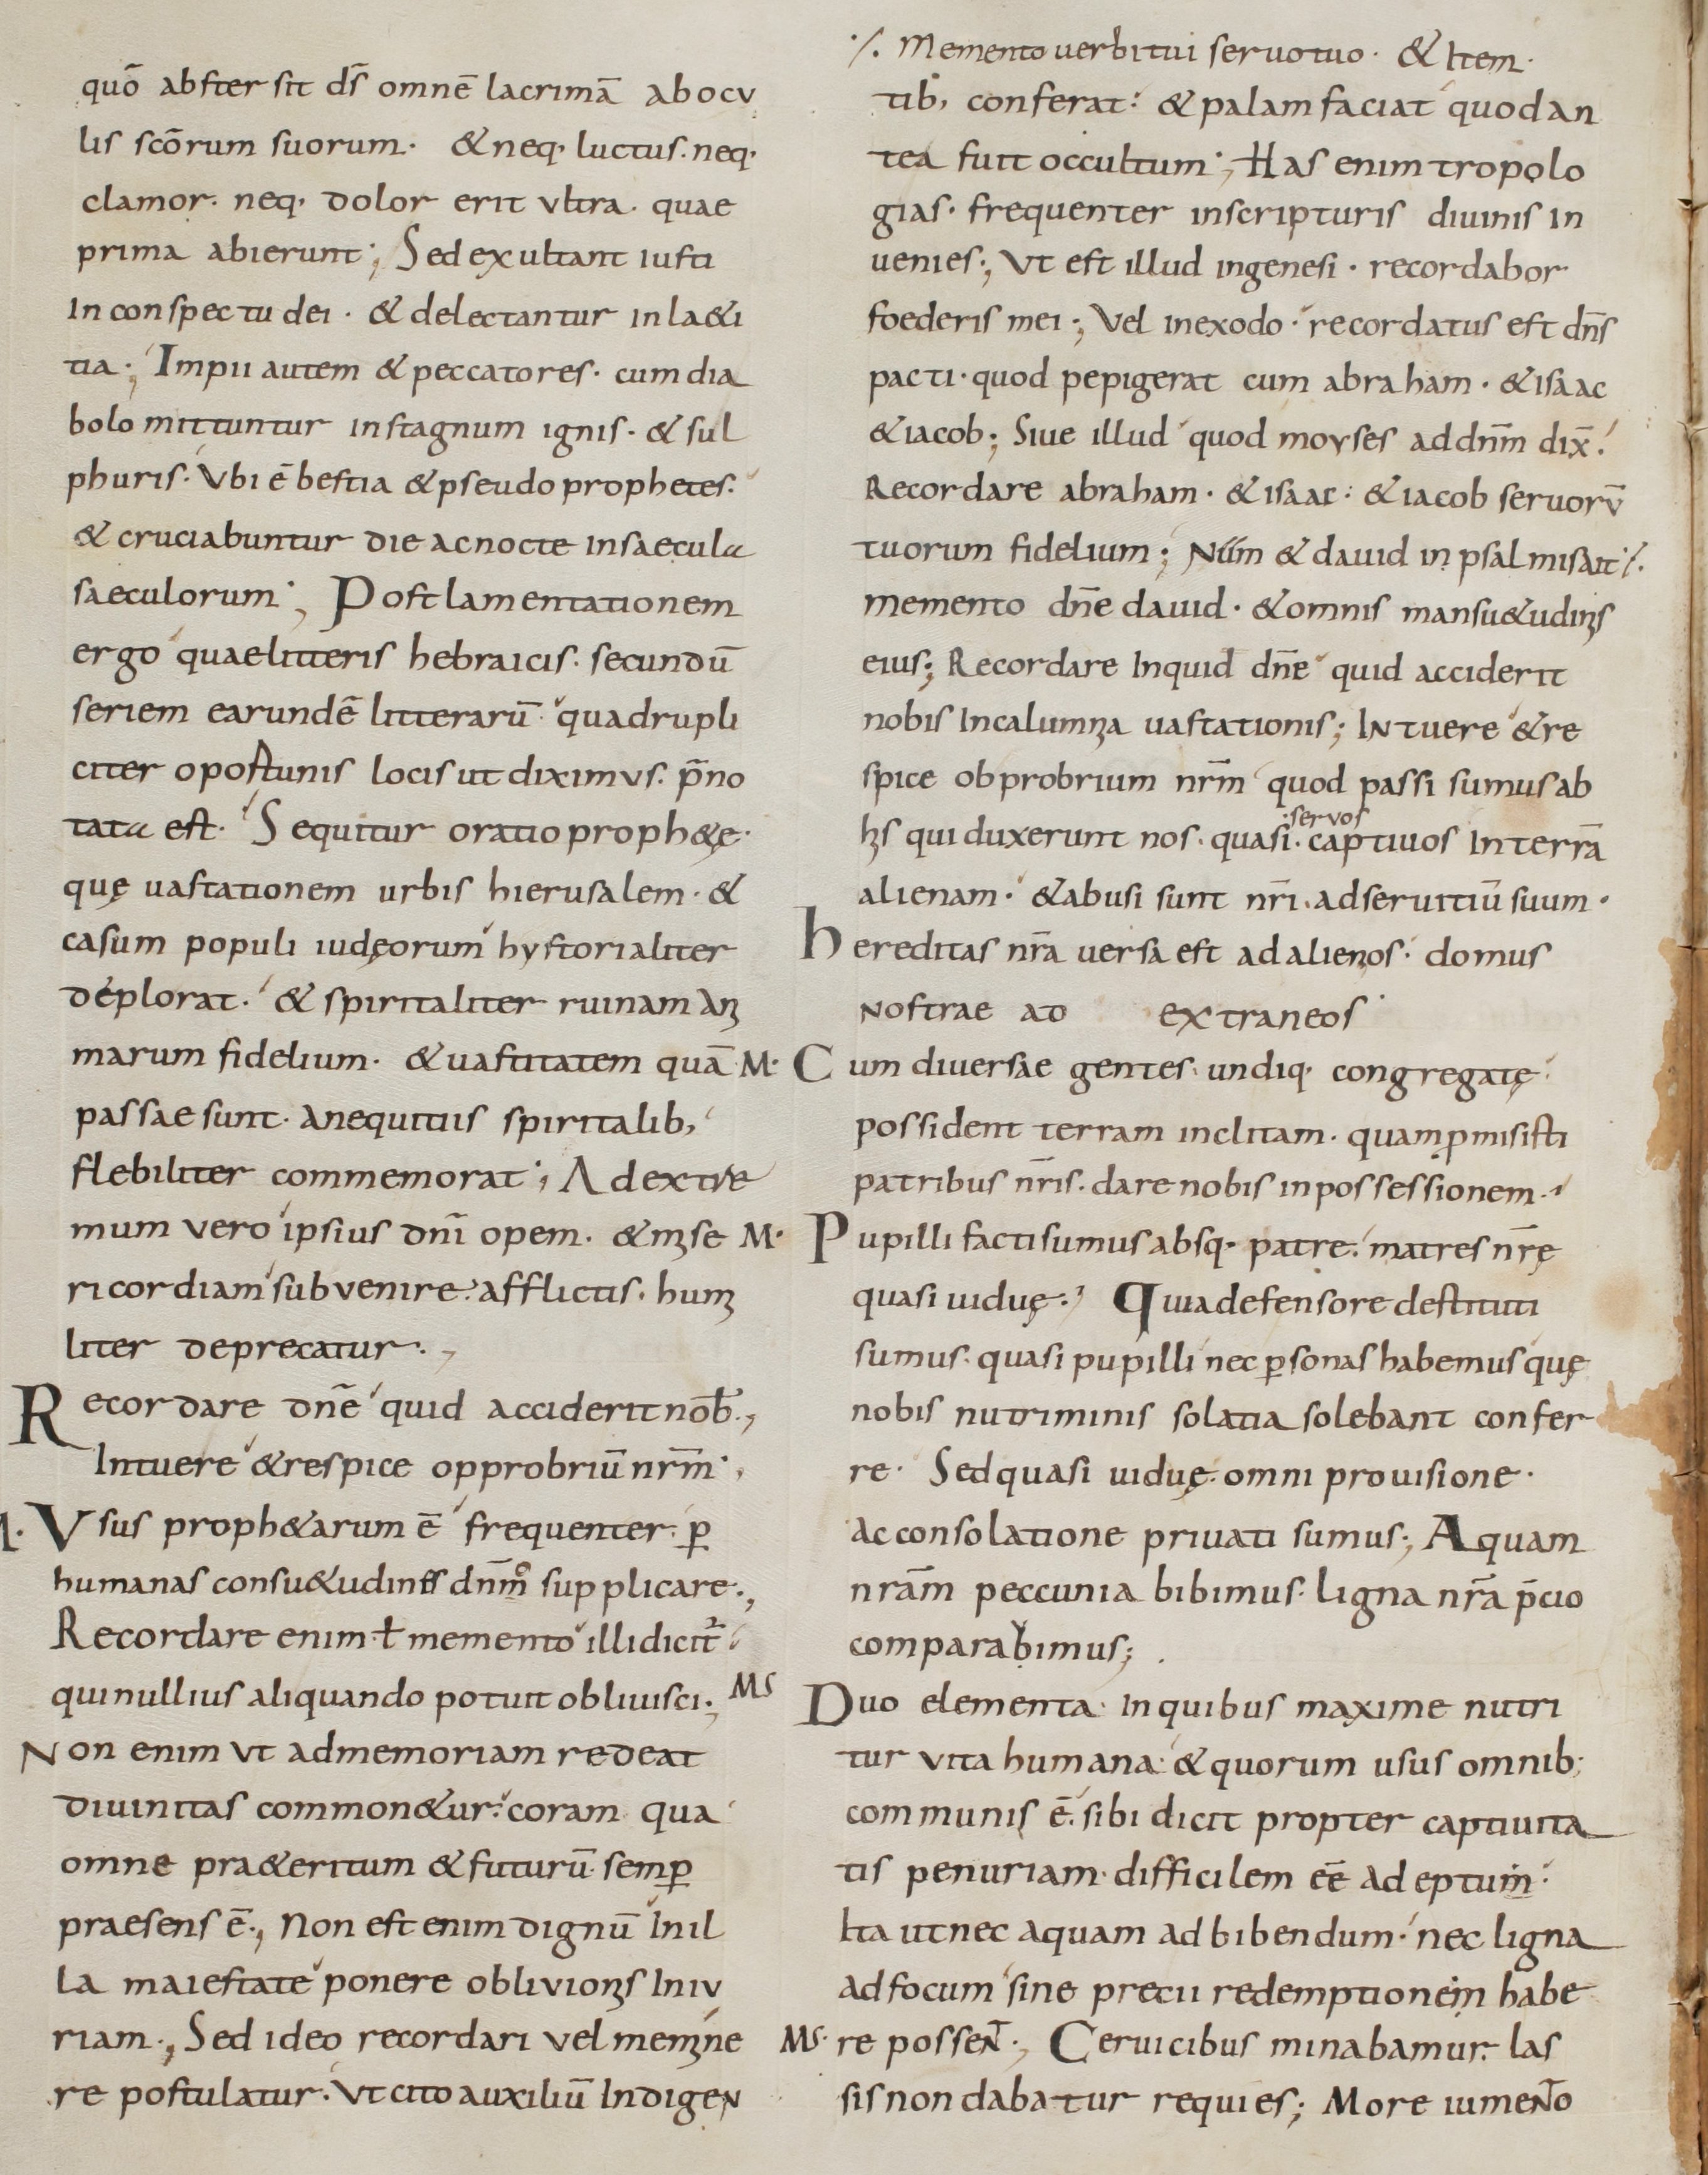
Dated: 800–899